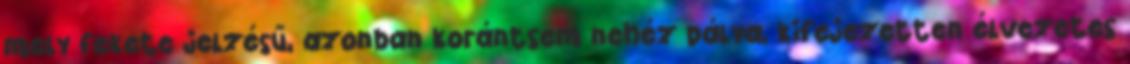
mely fekete jelzésű, azonban korántsem nehéz pálya, kifejezetten élvezetes